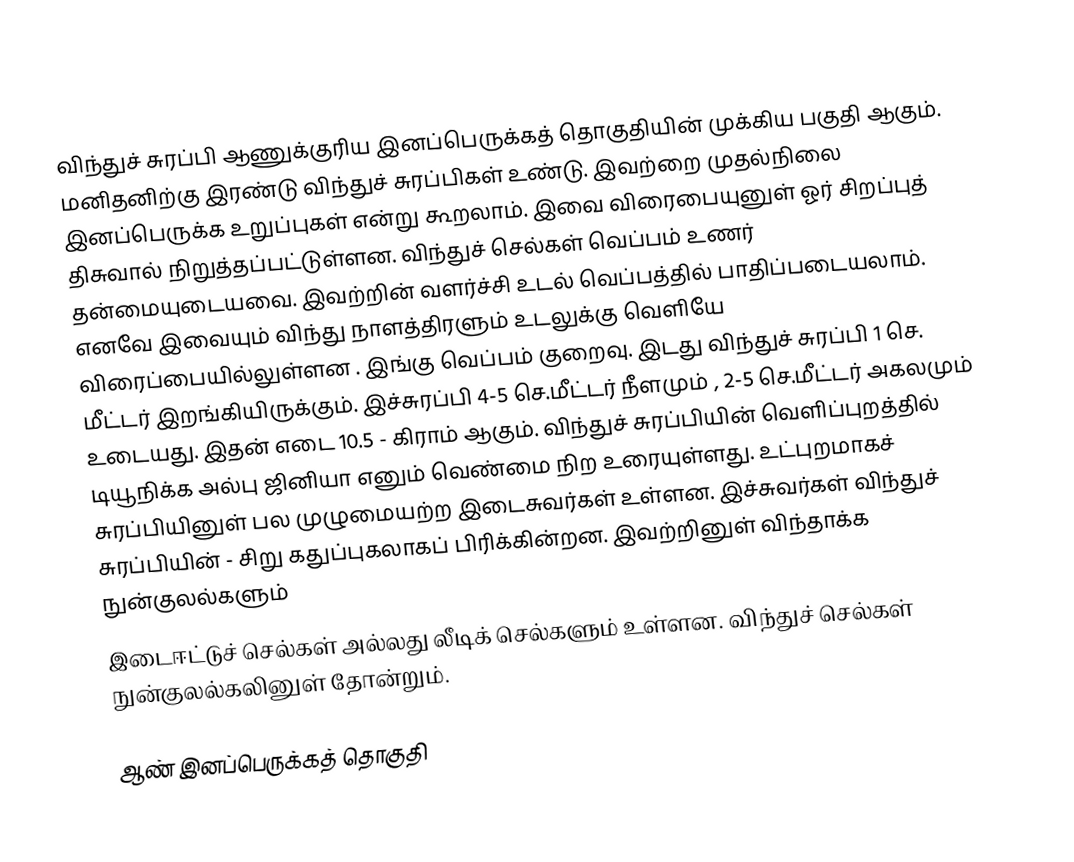
விந்துச் சுரப்பி ஆணுக்குரிய இனப்பெருக்கத் தொகுதியின் முக்கிய பகுதி ஆகும். மனிதனிற்கு இரண்டு விந்துச் சுரப்பிகள் உண்டு. இவற்றை முதல்நிலை இனப்பெருக்க உறுப்புகள் என்று கூறலாம். இவை விரைபையுனுள் ஓர் சிறப்புத் திசுவால் நிறுத்தப்பட்டுள்ளன. விந்துச் செல்கள் வெப்பம் உணர் தன்மையுடையவை. இவற்றின் வளர்ச்சி உடல் வெப்பத்தில் பாதிப்படையலாம். எனவே இவையும் விந்து நாளத்திரளும் உடலுக்கு வெளியே விரைப்பையில்லுள்ளன . இங்கு வெப்பம் குறைவு. இடது விந்துச் சுரப்பி 1 செ. மீட்டர் இறங்கியிருக்கும். இச்சுரப்பி 4-5 செ.மீட்டர் நீளமும் , 2-5 செ.மீட்டர் அகலமும் உடையது. இதன் எடை 10.5 - கிராம் ஆகும். விந்துச் சுரப்பியின் வெளிப்புறத்தில் டியூநிக்க அல்பு ஜினியா எனும் வெண்மை நிற உரையுள்ளது. உட்புறமாகச் சுரப்பியினுள் பல முழுமையற்ற இடைசுவர்கள் உள்ளன. இச்சுவர்கள் விந்துச் சுரப்பியின் - சிறு கதுப்புகலாகப் பிரிக்கின்றன. இவற்றினுள் விந்தாக்க நுன்குலல்களும்
இடைஈட்டுச் செல்கள் அல்லது லீடிக் செல்களும் உள்ளன. விந்துச் செல்கள் நுன்குலல்கலினுள் தோன்றும்.

ஆண் இனப்பெருக்கத் தொகுதி